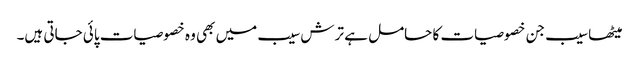
میٹھا سیب جن خصوصیات کا حامل ہے ترش سیب میں بھی وہ خصوصیات پائی جاتی ہیں۔